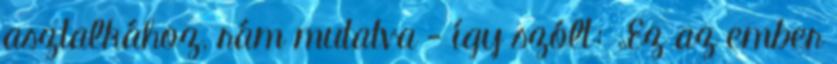
asztalkához, rám mutatva - így szólt: „Ez az ember